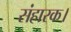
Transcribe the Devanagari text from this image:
संहारक।